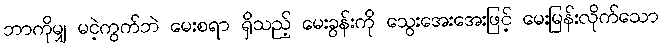
ဘာကိုမျှ မငဲ့ကွက်ဘဲ မေးစရာ ရှိသည့် မေးခွန်းကို သွေးအေးအေးဖြင့် မေးမြန်းလိုက်သော